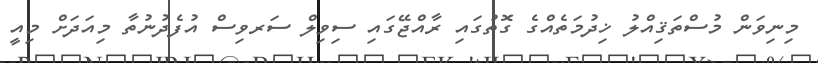
މިނިވަން މުސްތަޤިއްލު ޚިދުމަތެއްގެ ގޮތުގައި ރާއްޖޭގައި ސިވިލް ސަރވިސް އުފެދުނުތާ މިއަދަށް މިއީ